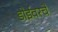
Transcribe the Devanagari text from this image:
डोईवरचे